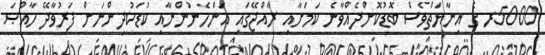
5000ރ ގެ އިނާޔަތްވެސް ބޮޑުކޮށްދެއްވާނެ ކަމަށާއި ރާއްޖޭގައި އަންހެނުންނާއި ކުޑަކުދިންނަށް ފަރުވާދޭ ހާއްޞަ